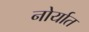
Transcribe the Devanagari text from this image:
नोर्यात